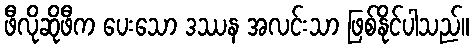
ဖီလိုဆိုဖီက ပေးသော ဒဿန အလင်းသာ ဖြစ်နိုင်ပါသည်။